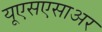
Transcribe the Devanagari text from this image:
यूएसएसाअर